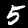
Digit: 5